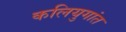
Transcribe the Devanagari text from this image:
कलियुगांत